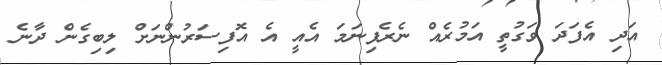
އަދި އެފަދަ ވަގުތީ އަމުރެއް ނެރެފިނަމަ އެއީ އެ އޮފިސަރުންނަށް ލިބިގެން ދާނެ